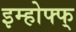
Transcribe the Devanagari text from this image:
इम्होफ्फ्